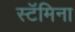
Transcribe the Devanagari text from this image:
स्टॅमिना